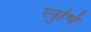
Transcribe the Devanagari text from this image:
लुषि